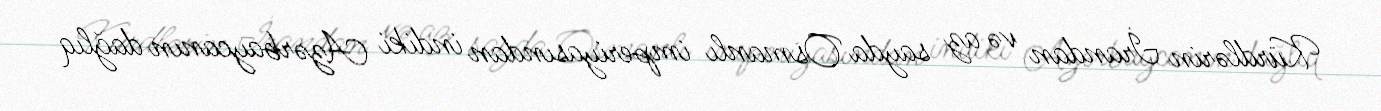
Kürdlərin İrandan və az sayda Osmanlı imperiyasından indiki Azərbaycanın dağlıq